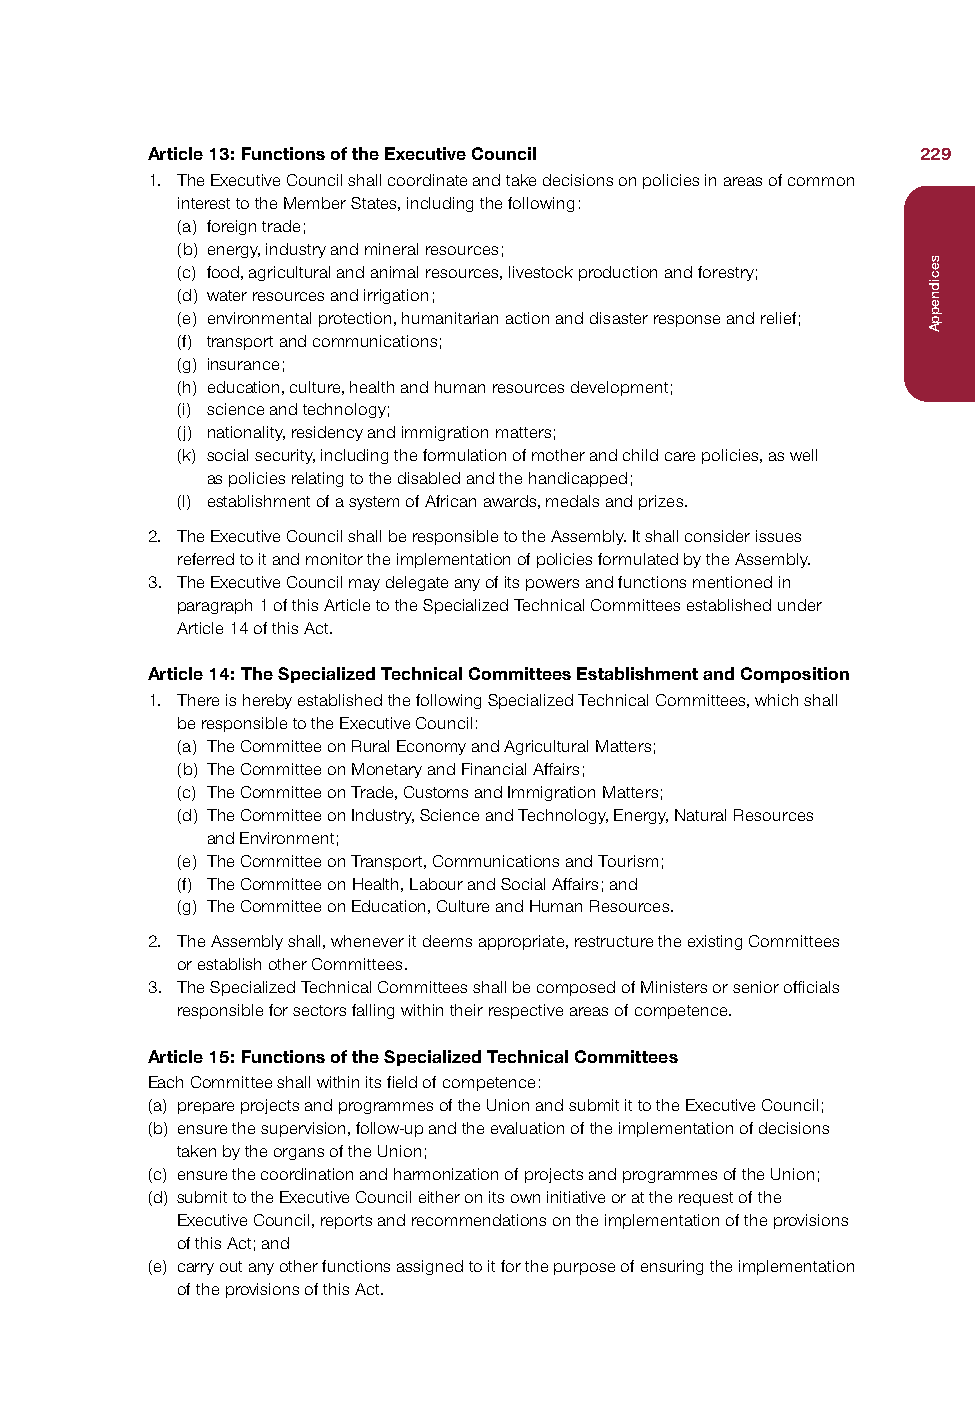
Article 13: Functions of the Executive Council     229
 1. The Executive Council shall coordinate and take decisions on policies in areas of common
 interest to the Member States, including the following:
 (a) foreign trade;
 (b) energy, industry and mineral resources;
 (c) food, agricultural and animal resources, livestock production and forestry;
 (d) water resources and irrigation;
 (e) environmental protection, humanitarian action and disaster response and relief;
 (f) transport and communications;
 (g) insurance;
 (h) education, culture, health and human resources development;
 (i) science and technology;
 (j) nationality, residency and immigration matters;
 (k) social security, including the formulation of mother and child care policies, as well
 as policies relating to the disabled and the handicapped;
 (l) establishment of a system of African awards, medals and prizes.
 2. The Executive Council shall be responsible to the Assembly. It shall consider issues
 referred to it and monitor the implementation of policies formulated by the Assembly.
 3. The Executive Council may delegate any of its powers and functions mentioned in
 paragraph 1 of this Article to the Specialized Technical Committees established under
 Article 14 of this Act.
 Article 14: The Specialized Technical Committees Establishment and Composition
 1. There is hereby established the following Specialized Technical Committees, which shall
 be responsible to the Executive Council:
 (a) The Committee on Rural Economy and Agricultural Matters;
 (b) The Committee on Monetary and Financial Affairs;
 (c) The Committee on Trade, Customs and Immigration Matters;
 (d) The Committee on Industry, Science and Technology, Energy, Natural Resources
 and Environment;
 (e) The Committee on Transport, Communications and Tourism;
 (f) The Committee on Health, Labour and Social Affairs; and
 (g) The Committee on Education, Culture and Human Resources.
 2. The Assembly shall, whenever it deems appropriate, restructure the existing Committees
 or establish other Committees.
 3. The Specialized Technical Committees shall be composed of Ministers or senior officials
 responsible for sectors falling within their respective areas of competence.
 Article 15: Functions of the Specialized Technical Committees
 Each Committee shall within its field of competence:
 (a) prepare projects and programmes of the Union and submit it to the Executive Council;
 (b) ensure the supervision, follow-up and the evaluation of the implementation of decisions
 taken by the organs of the Union;
 (c) ensure the coordination and harmonization of projects and programmes of the Union;
 (d) submit to the Executive Council either on its own initiative or at the request of the
 Executive Council, reports and recommendations on the implementation of the provisions
 of this Act; and
 (e) carry out any other functions assigned to it for the purpose of ensuring the implementation
 of the provisions of this Act.
 secidneppA